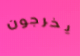
يخرجون